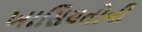
ખાસિયતોની